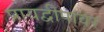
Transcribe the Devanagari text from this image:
प्रायद्वीपावर